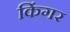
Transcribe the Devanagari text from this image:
किंगर